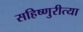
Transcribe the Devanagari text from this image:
सहिष्णुरीत्या